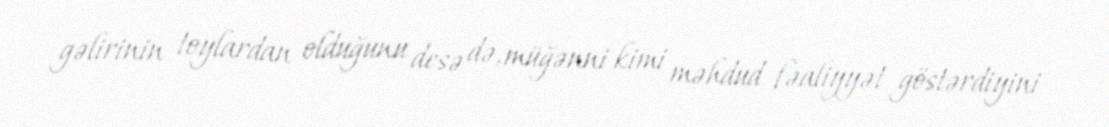
gəlirinin toylardan olduğunu desə də, müğənni kimi məhdud fəaliyyət göstərdiyini